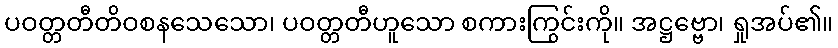
ပဝတ္တတီတိဝစနသေသော၊ ပဝတ္တတီဟူသော စကားကြွင်းကို။ အဋ္ဌဗ္ဗော၊ ရှုအပ်၏။